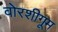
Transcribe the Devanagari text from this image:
वोरशीगूम